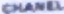
CHANEL